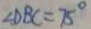
\angle D B C = 7 5 ^ { \circ }